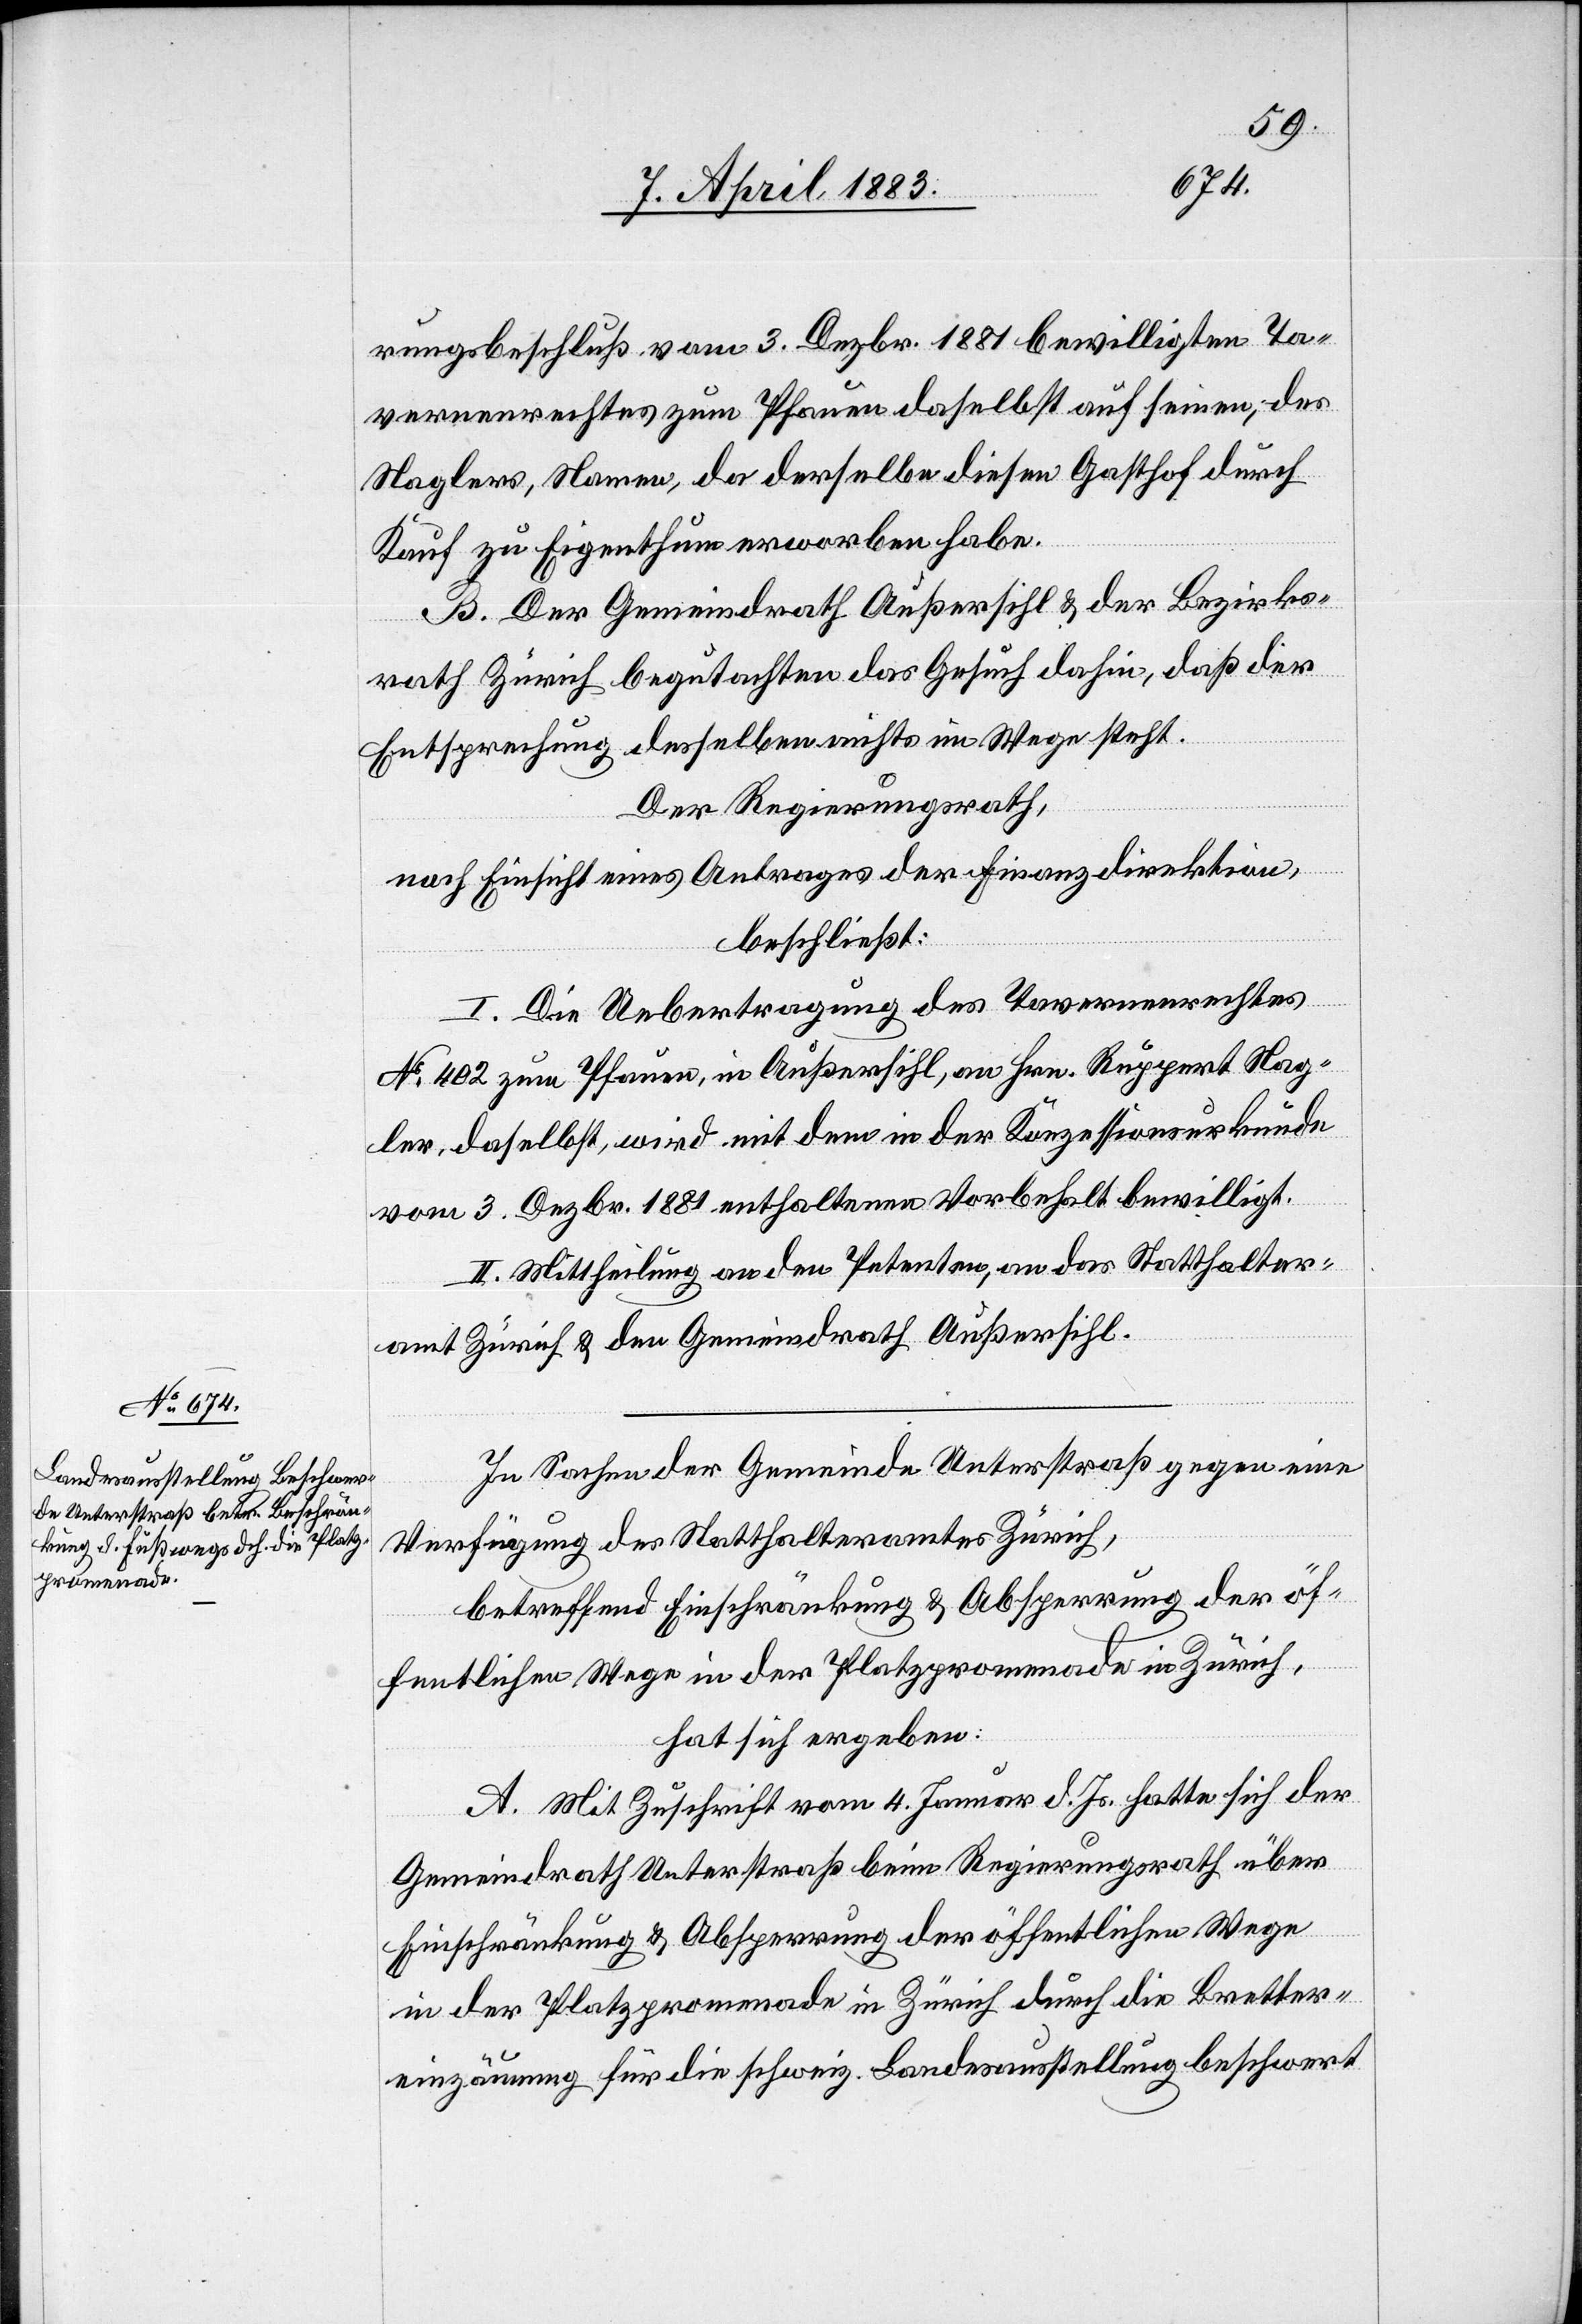
rungsbeschluß vom 3. Dezbr. 1881 bewilligten Ta¬
vernenrechtes zum Pfauen daselbst auf seinen, des
Naglers, Namen, da derselbe diesen Gasthof durch
Kauf zu Eigenthum erworben habe.
B. Der Gemeindrath Außersihl & der Bezirks¬
rath Zürich begutachten das Gesuch dahin, daß der
Entsprechung desselben nichts im Wege steht.
Der Regierungsrath,
nach Einsicht eines Antrages der Finanzdirektion,
beschließt:
I. Die Uebertragung des Tavernenrechtes
No 402 zum Pfauen, in Außersihl, an Hrn. Ruppert Nag¬
ler, daselbst, wird mit dem in der Konzessionsurkunde
vom 3. Dezbr. 1881 enthaltenen Vorbehalt bewilligt.
II. Mittheilung an den Petenten, an das Statthalter¬
amt Zürich & den Gemeindrath Außersihl.
In Sachen der Gemeinde Unterstraß gegen eine
Verfügung des Statthalteramtes Zürich,
betreffend Einschränkung & Absperrung der öf¬
fentlichen Wege in der Platzpromenade in Zürich,
hat sich ergeben:
A. Mit Zuschrift vom 4. Januar d. Js. hatte sich der
Gemeindrath Unterstraß beim Regierungsrath über
Einschränkung & Absperrung der öffentlichen Wege
in der Platzpromenade in Zürich durch die Bretter¬
einzäunung für die schweiz. Landessausstellung beschwert